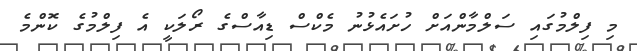
މި ފިލްމުގައި ސަލްމާންއަށް ހުށައެޅުނު މެކްސް ޑިއާސްގެ ރޯލަކީ އެ ފިލްމުގެ ކޮންމެ